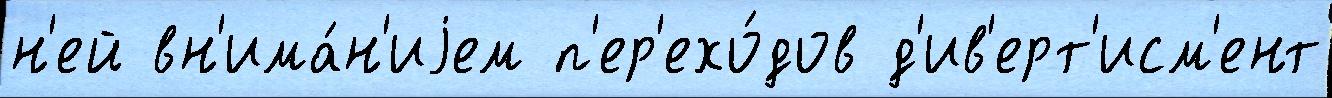
н'ей вн'има́н'иjем п'ер'ехо́дов д'ив'ерт'исм'ент